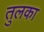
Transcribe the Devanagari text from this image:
तुलका